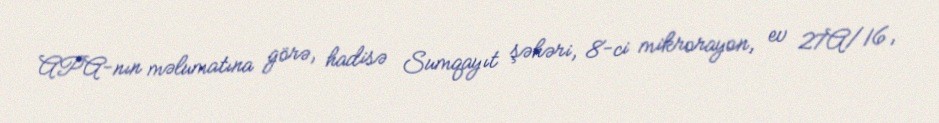
APA-nın məlumatına görə, hadisə Sumqayıt şəhəri, 8-ci mikrorayon, ev 27A/16,